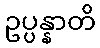
ဥပ္ပန္နာတိ